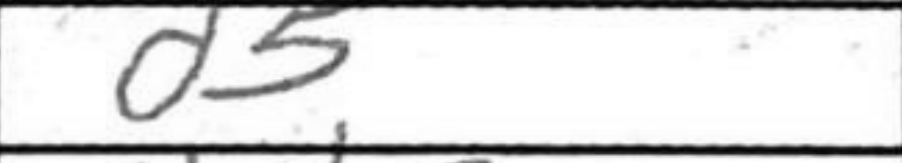
Transcription: d5